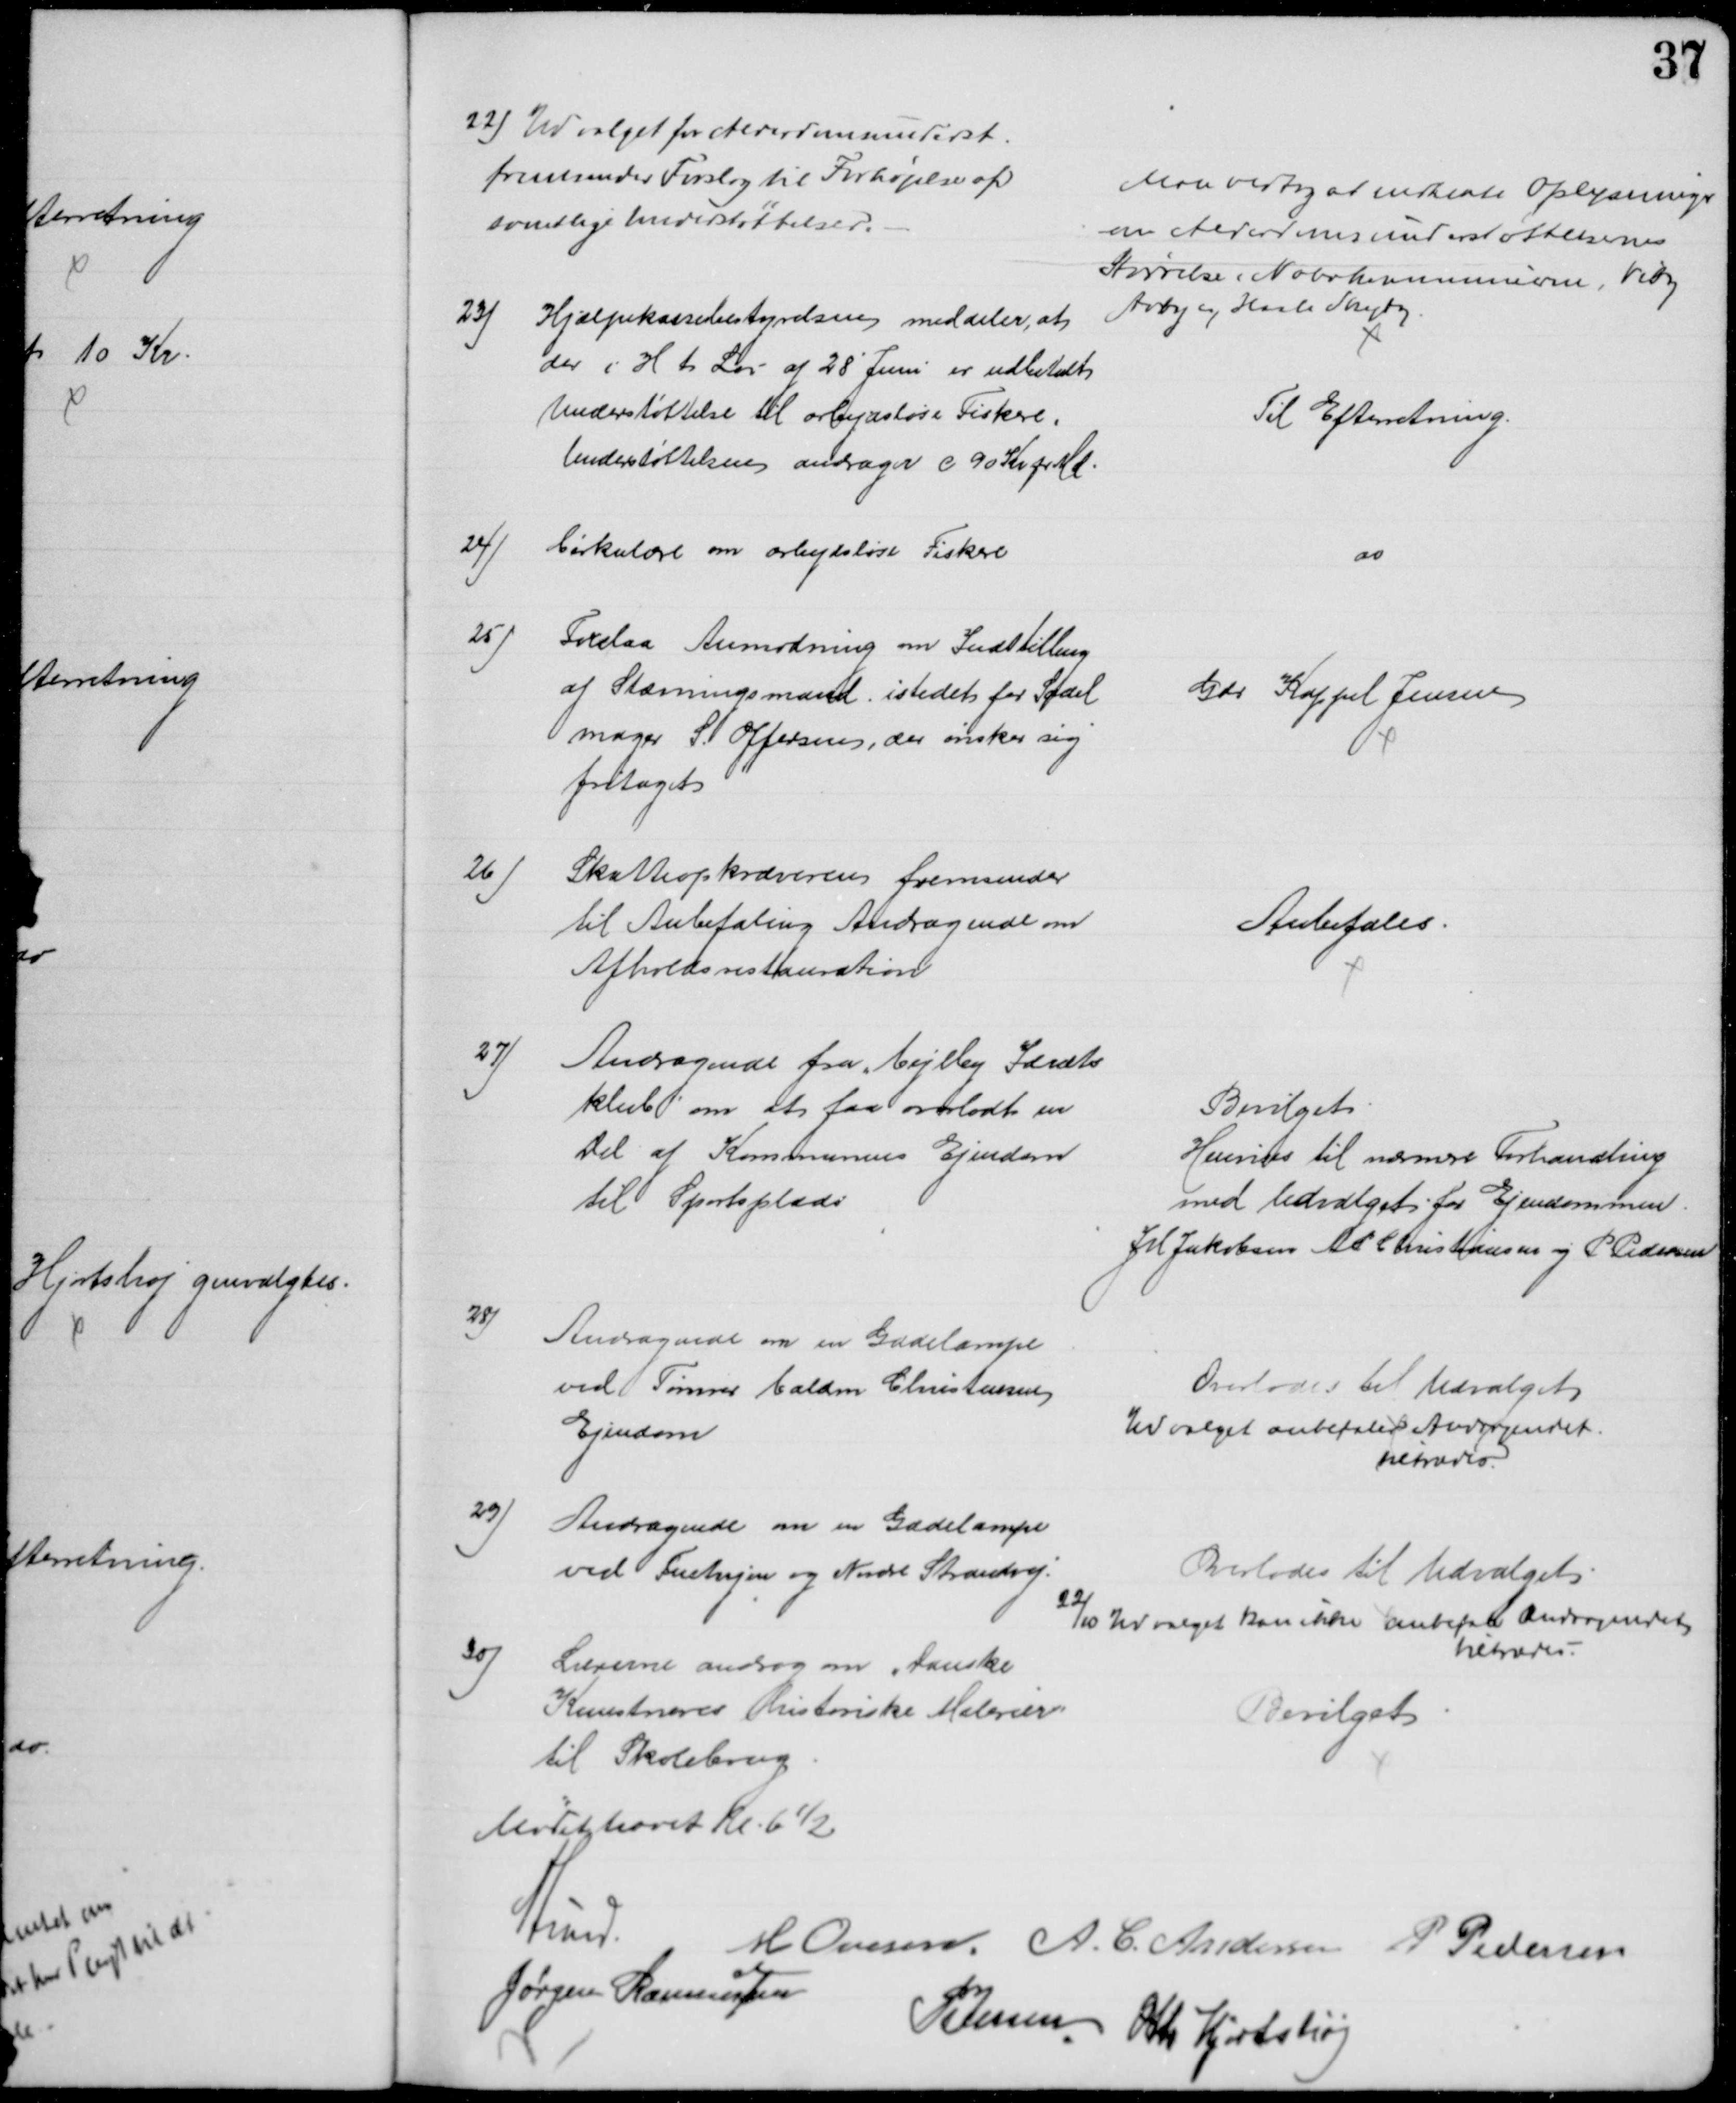
Transskription:
22) Udvalget for Alderdomsunderst.
fremsender Forslag til Forhøjelse af
samtlige Understøttelser.
Man vedtog at indhente Oplysninger
om Alderdomsunderstøttelsernes
Størrelse i Nabokommunerne, Viby
Aaby og Hasle Skejby
23) Hjælpekassebestyrelsen meddeler, at
der i H t Lov af 28' Juni er udbetalt
Understøttelse til arbejdsløse Fiskere,
Understøttelsen andrager c 90 Kr pr Md.
Til Efterretning.
24)
Cirkulære om arbejdsløse Fiskere
do
25)
Forelaa Anmodning om Indstilling
af Stævningsmand istedet for Sadel
mager S. Offersen, der ønsker sig
fritaget
Gdr Kappel Jensen
26)
Skatteopkræveren fremsender
til Anbefaling Andragende om
Afholdsrestauration
Anbefales.
27)
Andragende fra Vejlby Idræts
klub om at faa overladt en
Del af Kommunens Ejendom
til Sportsplads
Bevilget
Henvises til nærmere Forhandling
med Udvalget for Ejendommen.
J M Jakobsen A P Christiansen og P Pedersen
28)
Andragende om en Gadelampe
ved Tømrer Valdm Christensens
Ejendom
Overlodes til Udvalget
Udvalget anbefaler Andragendet.
tiltrædes.
29)
Andragende om en Gadelampe
ved Fuetvejen og Nordre Strandvej.
Overlodes til Udvalget
22/10 Udvalget kan ikke anbefale Andragendet
tiltrædes.
30) Lærerne androg om „Danske
Kunstneres historiske Malerier"
til Skolebrug
Bevilget
Mødet hævet Kl. 6½
A Lund
M Ovesen A. C. Andersen
P Pedersen
Jørgen Rasmussen
P Jessen Otto Hjortshøj